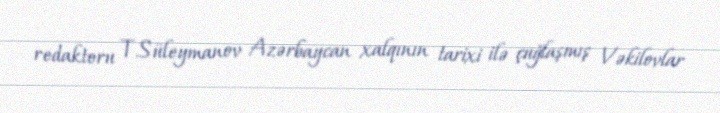
redaktoru T.Süleymanov Azərbaycan xalqının tarixi ilə çuğlaşmış Vəkilovlar